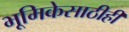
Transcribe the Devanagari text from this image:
भूमिकेसाठीही